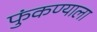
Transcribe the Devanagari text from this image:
फुंकण्याला